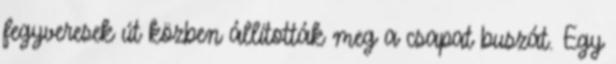
fegyveresek út közben állították meg a csapat buszát. Egy